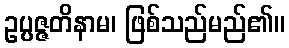
ဥပ္ပဇ္ဇတိနာမ၊ ဖြစ်သည်မည်၏။